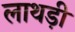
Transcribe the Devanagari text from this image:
लाथड़ी